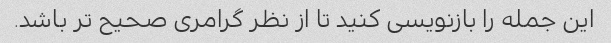
این جمله را بازنویسی کنید تا از نظر گرامری صحیح تر باشد.